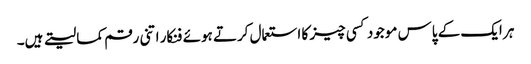
ہر ایک کے پاس موجود کسی چیز کا استعمال کرتے ہوئے فنکار اتنی رقم کما لیتے ہیں۔